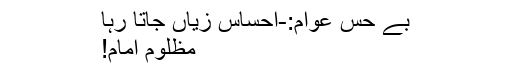
بے حس عوام:-احساس زِیاں جاتا رہا
مظلوم اِمام!